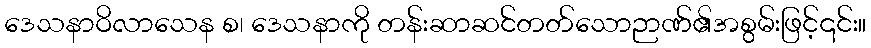
ဒေသနာဝိလာသေန စ၊ ဒေသနာကို တန်းဆာဆင်တတ်သောဉာဏ်၏အစွမ်းဖြင့်၎င်း။